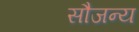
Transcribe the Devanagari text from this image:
सौजन्‍य